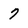
Character: 7